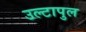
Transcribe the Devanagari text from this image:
उल्‍टापुल